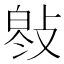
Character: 𢾓